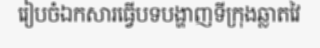
រៀបចំឯកសារធ្វើបទបង្ហាញទីក្រុងឆ្លាតវៃ